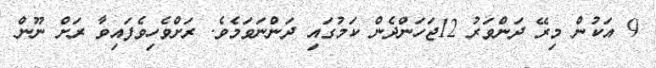
9 އަކުން މިރޭ ދަންވަރު 12ޖަހަންދެން ކަމުގައި ދަންނަވަމެވެ. ރަށްވެހިވެފައިވާ ރަށް ނޫން